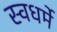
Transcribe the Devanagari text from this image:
स्वधर्मे